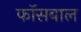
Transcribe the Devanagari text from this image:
फॉसबाल